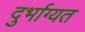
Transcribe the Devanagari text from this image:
दुर्भाग्यत